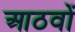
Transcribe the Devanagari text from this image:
आठवों